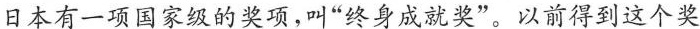
日本有一项国家级的奖项，叫“终身成就奖”。以前得到这个奖